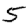
Digit: 5